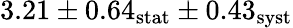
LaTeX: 3.21\pm 0.64_{\mathrm{stat}}\pm 0.43_{\mathrm{syst}}